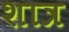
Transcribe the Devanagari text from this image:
शात्र